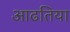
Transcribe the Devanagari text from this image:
आढतिया